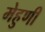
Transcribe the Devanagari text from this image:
मेहुणी